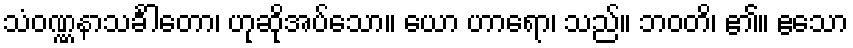
သံဝဏ္ဏနာသင်္ခါတော၊ ဟုဆိုအပ်သော။ ယော ဟာရော၊ သည်။ ဘဝတိ၊ ၏။ ဧသော